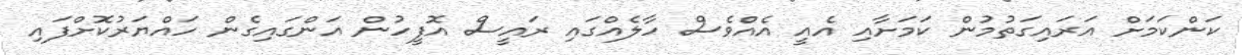
ކަންކަމަށް އަރައިގަތުމުން ކަމަށާއި އެއީ އެއްވެސް ހާލެއްގައި ރައީސް އޮފީހުން އަންގައިގެން ހައްޔަރުކޮށްފައި